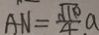
A N = \frac { \sqrt { 1 0 } } { 4 } a